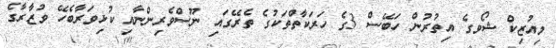
މިއުޒިކް ޝޯވގެ އިތުރުން ހަބޭސް 3ގެ ހަރަކާތްތަކުގެ ތެރޭގައި ނޫސްވެރިންނާއި ކުޅިވަރާބެހޭ ވުޒާރާގެ